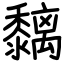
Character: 黐